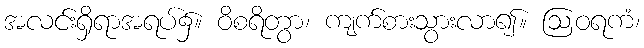
အလင်းရှိရာအရပ်၌။ ဝိစရိတွာ၊ ကျက်စားသွားလာ၍။ ဩဝရကံ၊